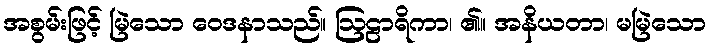
အစွမ်းဖြင့် မြဲသော ဝေဒနာသည်။ ဩဠာရိကာ၊ ၏။ အနိယတာ၊ မမြဲသော